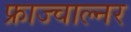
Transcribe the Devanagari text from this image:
फ्राज्चाल्नर